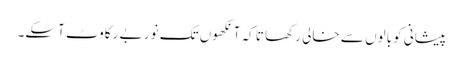
پیشانی کو بالوں سے خالی رکھا تا کہ آنکھوں تک نور بے رکاوٹ آسکے۔